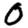
Digit: 0